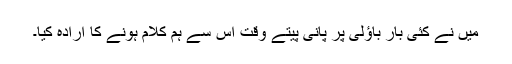
میں نے کئی بار باؤلی پر پانی پیتے وقت اس سے ہم کلام ہونے کا ارادہ کیا۔